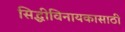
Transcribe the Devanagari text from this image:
सिद्धीविनायकासाठी